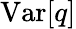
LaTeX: \mathrm{Var}[q]